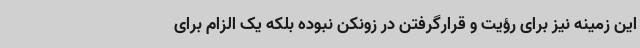
این زمینه نیز برای رؤیت و قرارگرفتن در زونکن نبوده بلکه یک الزام برای